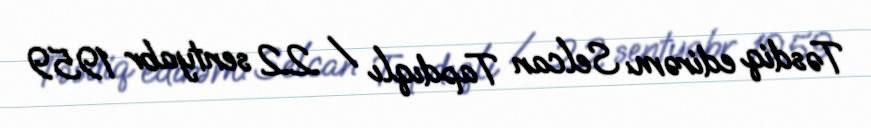
Təsdiq edirəm: Selcan Tapdıqlı / 22 sentyabr 1959